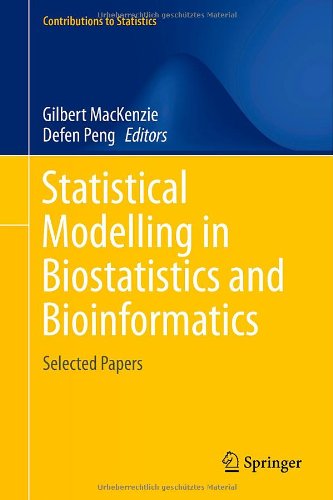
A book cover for Statistical Modelling in Biostatistics and Bioinformatics: Selected Papers (Contributions to Statistics); Computers & Technology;